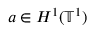
a \in H ^ { 1 } ( \ensuremath { \mathbb { T } } ^ { 1 } )